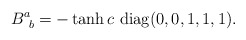
\begin{align*}B^a_{~b} = -\tanh c\ {\rm diag}(0,0,1,1,1).\end{align*}